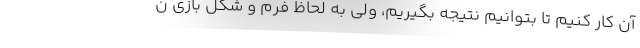
آن کار کنیم تا بتوانیم نتیجه بگیریم، ولی به لحاظ فرم و شکل بازی ن